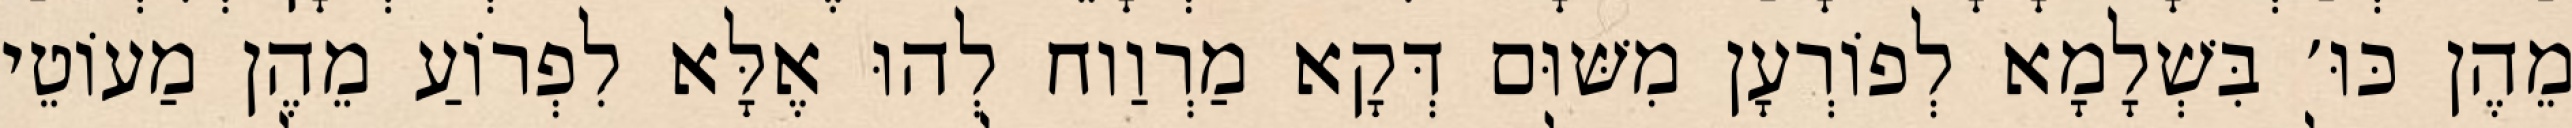
מֵהֶן כּוּ׳ בִּשְׁלָמָא לְפוֹרְעָן מִשּׁוּם דְּקָא מַרְוַוח לְהוּ אֶלָּא לִפְרוֹעַ מֵהֶן מַעוֹטֵי